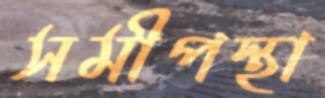
সমীপস্থা